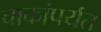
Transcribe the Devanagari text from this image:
चाकांपर्यंत